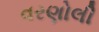
વરણોલી